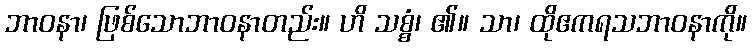
ဘာဝနာ၊ ဖြစ်သောဘာဝနာတည်း။ ဟိ သစ္စံ၊ ၏။ သာ၊ ထိုဧကရသဘာဝနာကို။